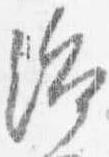
治